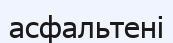
асфальтені